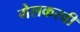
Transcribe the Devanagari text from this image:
गेलकरवी